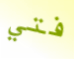
فتي